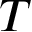
T